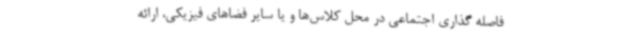
فاصله گذاری اجتماعی در محل کلاس‌ها و یا سایر فضاهای فیزیکی، ارائه